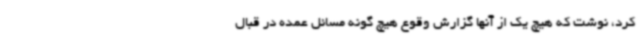
کرد، نوشت که هیچ یک از آنها گزارش وقوع هیچ گونه مسائل عمده در قبال